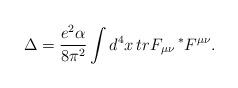
LaTeX: \begin{align*}\Delta=\frac{e^2\alpha}{8\pi^2}\int d^{4}x\, tr F_{\mu\nu}\, ^{*}F^{\mu\nu}.\end{align*}